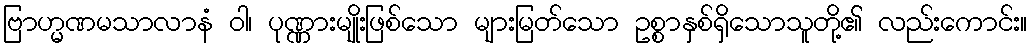
ဗြာဟ္မဏမသာလာနံ ဝါ၊ ပုဏ္ဏားမျိုးဖြစ်သော များမြတ်သော ဥစ္စာနှစ်ရှိသောသူတို့၏ လည်းကောင်း။